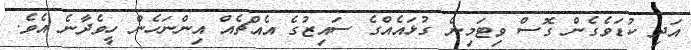
އަދި ކުޑަވެގެން ގޮސް ވިޓަމިން ގުޅައެއްގެ ސައިޒުގެ އެއްޗެއް އިންނަހެން ހީވެދާނެ އެވެ.